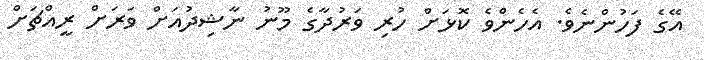
އޭގެ ފަހުންނެވެ. އެހެންވެ ކޮޅަށް ހުރި ވަރުދާގެ މޫނު ނާޝިދުއަށް ވަރަށް ރީއްޗަށް